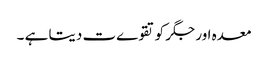
معدہ اور جگر کو تقوےت دیتا ہے ۔